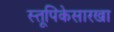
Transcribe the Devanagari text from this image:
स्तूपिकेसारखा